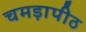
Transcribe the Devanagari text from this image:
चमड़ापीठ